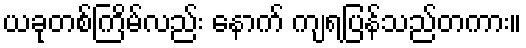
ယခုတစ်ကြိမ်လည်း နောက် ကျရပြန်သည်တကား။